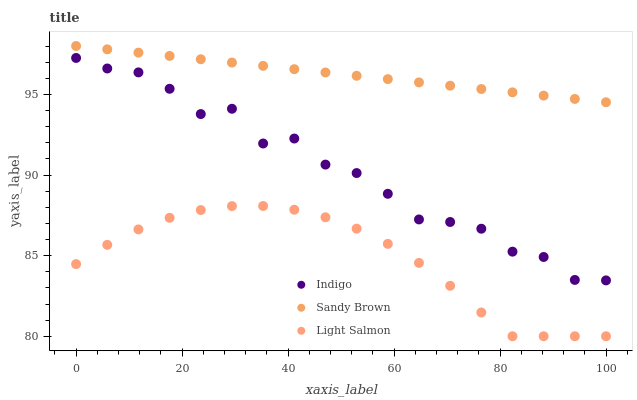
| xaxis_label | Indigo | Sandy Brown | Light Salmon |
 | --- | --- | --- | --- |
 | 0 | 97.3 | 98 | 84.5 |
 | 5.88 | 96.6 | 97.8 | 85.7 |
 | 11.8 | 96.4 | 97.6 | 86.6 |
 | 17.6 | 95.3 | 97.4 | 87.3 |
 | 23.5 | 93.8 | 97.2 | 87.8 |
 | 29.4 | 94.1 | 97 | 88.1 |
 | 35.3 | 92 | 96.8 | 88.1 |
 | 41.2 | 92.3 | 96.6 | 87.8 |
 | 47.1 | 90.6 | 96.4 | 87.4 |
 | 52.9 | 90.1 | 96.2 | 86.7 |
 | 58.8 | 88.8 | 95.9 | 85.7 |
 | 64.7 | 87.2 | 95.7 | 84.5 |
 | 70.6 | 87.1 | 95.5 | 83.1 |
 | 76.5 | 86.7 | 95.3 | 81.5 |
 | 82.4 | 85.2 | 95.1 | 80 |
 | 88.2 | 84.9 | 94.9 | 80 |
 | 94.1 | 83.5 | 94.7 | 80 |
 | 100 | 83.5 | 94.5 | 80 |